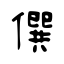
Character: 僎